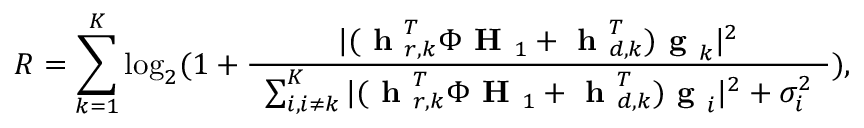
R = \sum _ { k = 1 } ^ { K } \log _ { 2 } ( 1 + \frac { | ( \textbf { h } _ { r , k } ^ { T } \Phi \textbf { H } _ { 1 } + \textbf { h } _ { d , k } ^ { T } ) \textbf { g } _ { k } | ^ { 2 } } { \begin{array} { l } { \sum _ { i , i \ne k } ^ { K } | ( \textbf { h } _ { r , k } ^ { T } \Phi \textbf { H } _ { 1 } + \textbf { h } _ { d , k } ^ { T } ) \textbf { g } _ { i } | ^ { 2 } + \sigma _ { i } ^ { 2 } } \end{array} } ) ,